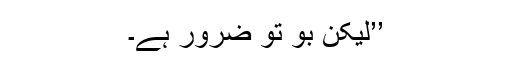
’’لیکن بوٗ تو ضرور ہے۔